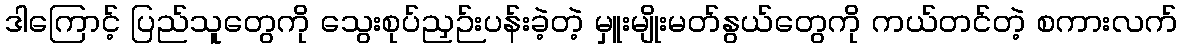
ဒါကြောင့် ပြည်သူတွေကို သွေးစုပ်ညှဉ်းပန်းခဲ့တဲ့ မှူးမျိုးမတ်နွယ်တွေကို ကယ်တင်တဲ့ စကားလက်